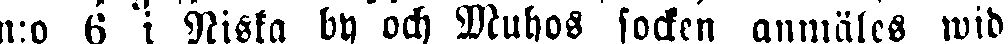
n:o 6 i Niska by och Muhos socken anmäles wid